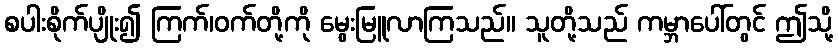
စပါးစိုက်ပျိုး၍ ကြက်၊ဝက်တို့ကို မွေးမြူလာကြသည်။ သူတို့သည် ကမ္ဘာပေါ်တွင် ဤသို့